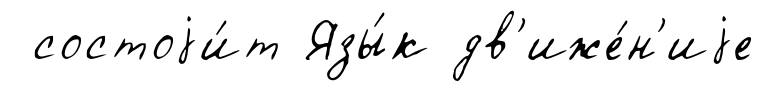
состоjи́т Язы́к дв'иже́н'иjе